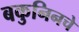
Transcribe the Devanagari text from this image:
बकुनिनचे